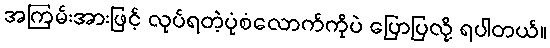
အကြမ်းအားဖြင့် လုပ်ရတဲ့ပုံစံလောက်ကိုပဲ ပြောပြလို့ ရပါတယ်။